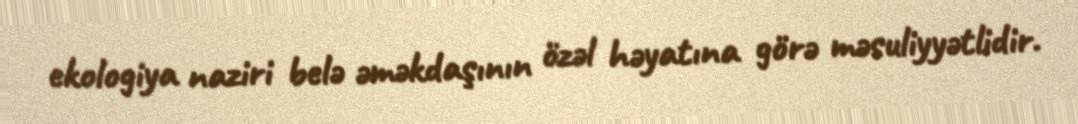
ekologiya naziri belə əməkdaşının özəl həyatına görə məsuliyyətlidir.